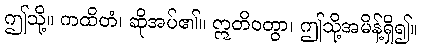
ဤသို့။ ကထိတံ၊ ဆိုအပ်၏။ ဣတိဝတွာ၊ ဤသို့အမိန့်ရှိ၍။